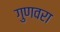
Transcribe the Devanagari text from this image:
गुणवरा